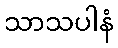
သာသပါနံ